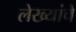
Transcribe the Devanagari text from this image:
लेख्यांचे